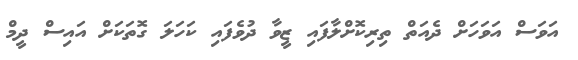
އަވަސް އަވަހަށް ދެއަތް ތިރިކޮށްލާފައި ޒީވާ ދުވެފައި ކަހަލަ ގޮތަކަށް އައިސް ދީމް